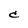
Character: C